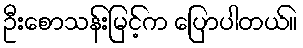
ဦးစောသန်းမြင့်က ပြောပါတယ်။